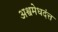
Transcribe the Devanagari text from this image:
अश्वमेधदंत्त